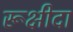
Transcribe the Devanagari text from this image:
रूक्षीदा